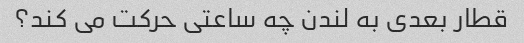
قطار بعدی به لندن چه ساعتی حرکت می کند؟